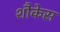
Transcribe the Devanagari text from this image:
शौकेस